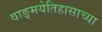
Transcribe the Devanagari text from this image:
वाङ्मयेतिहासाच्या